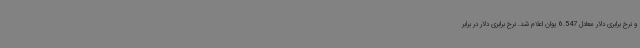
و نرخ برابری دلار معادل 6.547 یوان اعلام شد. نرخ برابری دلار در برابر